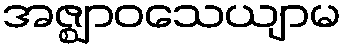
အဇ္ဈာဝသေယျာမ